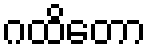
ဂထိတော